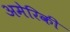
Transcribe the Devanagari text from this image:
अमेरिकी